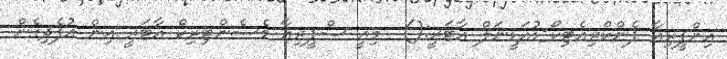
އިންފީރިއާ ޕެންކްރިއެޓިކޯ-ޑުއަޑީނަލް އާޓަރީ:()  މިއީ ސްޕީރިއާ މެސެންޓިރިކް އާޓަރީ އިން އުފެދިގެން